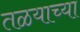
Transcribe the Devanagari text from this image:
तळयाच्या